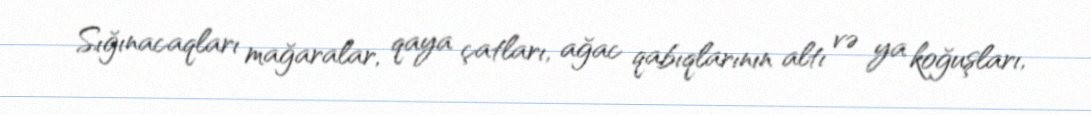
Sığınacaqları mağaralar, qaya çatları, ağac qabıqlarının altı və ya koğuşları,